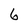
Character: 6